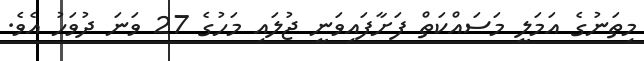
މިތަނުގެ އަމަލީ މަސައްކަތް ފަށާފައިވަނީ ޖުލައި މަހުގެ 27 ވަނަ ދުވަހު އެވެ.